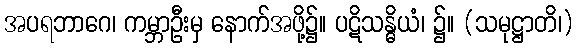
အပရဘာဂေ၊ ကမ္ဘာဦးမှ နောက်အဖို့၌။ ပဋိသန္ဓိယံ၊ ၌။ (သမုဋ္ဌာတိ၊)